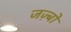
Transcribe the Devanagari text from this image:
जज़्बों